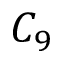
C _ { 9 }